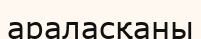
араласқаны